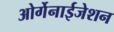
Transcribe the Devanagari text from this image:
ओर्गेनाईजेशन